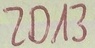
Text: ZD13